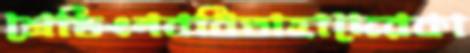
শ্রেডিংনববিতাহাদেরকা